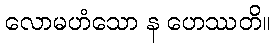
လောမဟံသော န ဟေဿတိ။